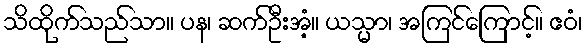
သိထိုက်သည်သာ။ ပန၊ ဆက်ဦးအံ့။ ယသ္မာ၊ အကြင်ကြောင့်။ ဧဝံ၊